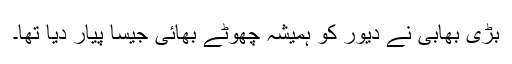
بڑی بھابی نے دیور کو ہمیشہ چھوٹے بھائی جیسا پیار دیا تھا۔